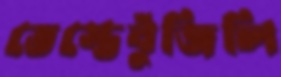
ভেস্তেবুঁজিলি